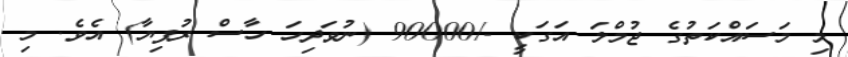
މި މަސައްކަތުގެ ޖުމްލަ އަގަކީ -/90000 (ނުވަދިހަ ހާސް ރުފިޔާ) އެވެ. މި